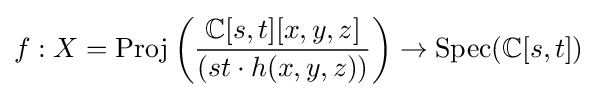
f:X={\text{Proj}}\left({\frac {\mathbb {C} [s,t][x,y,z]}{(st\cdot h(x,y,z))}}\right)\to {\text{Spec}}(\mathbb {C} [s,t])